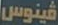
فينوس